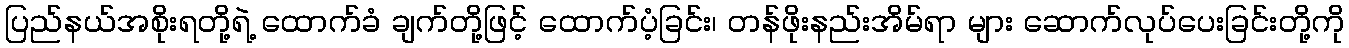
ပြည်နယ်အစိုးရတို့ရဲ့ ထောက်ခံ ချက်တို့ဖြင့် ထောက်ပံ့ခြင်း၊ တန်ဖိုးနည်းအိမ်ရာ များ ဆောက်လုပ်ပေးခြင်းတို့ကို